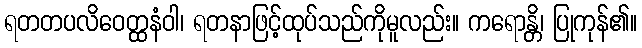
ရတတပလိဝေတ္ထနံဝါ၊ ရတနာဖြင့်ထုပ်သည်ကိုမူလည်း။ ကရောန္တိ၊ ပြုကုန်၏။